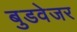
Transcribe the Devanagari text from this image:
बुडवेजर